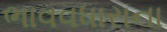
ભાવવધારાના